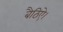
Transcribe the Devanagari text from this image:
बैठिऐ।